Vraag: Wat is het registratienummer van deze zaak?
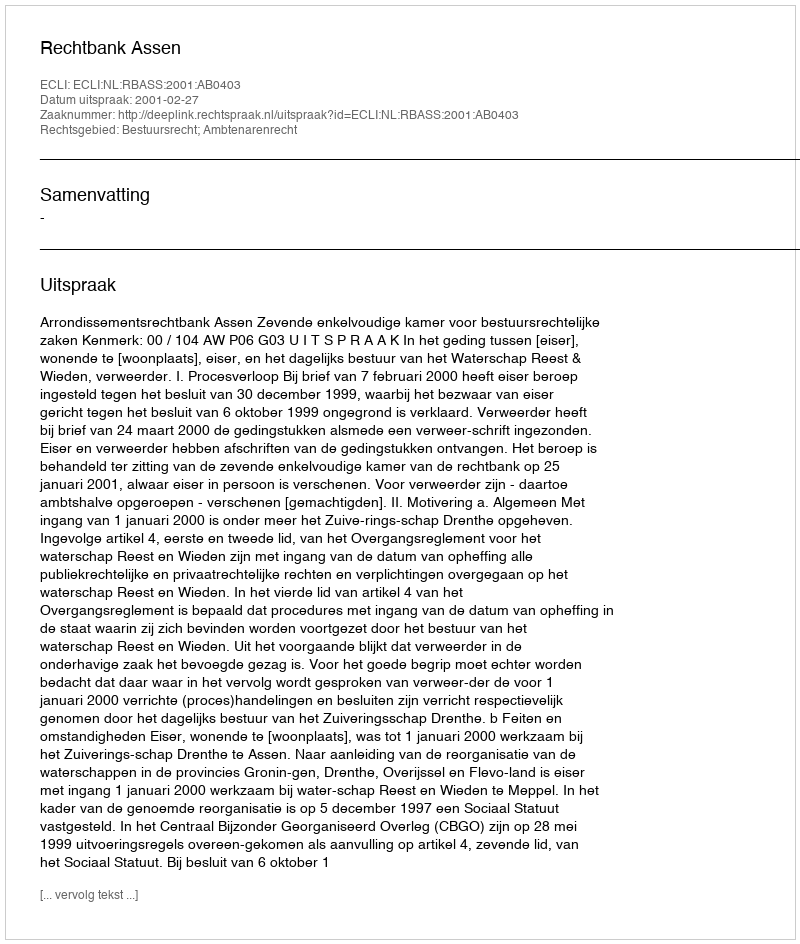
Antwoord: http://deeplink.rechtspraak.nl/uitspraak?id=ECLI:NL:RBASS:2001:AB0403